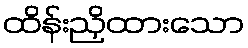
ထိန်းညှိထားသော